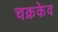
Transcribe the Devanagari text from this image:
चक्रकेव